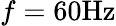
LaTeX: f=60\mathrm{{Hz}}